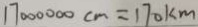
1 7 0 0 0 0 0 0 c m = 1 7 0 k m